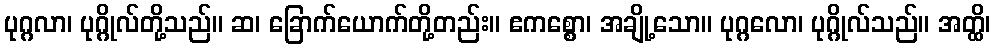
ပုဂ္ဂလာ၊ ပုဂ္ဂိုလ်တို့သည်။ ဆ၊ ခြောက်ယောက်တို့တည်း။ ဧကစ္စော၊ အချို့သော။ ပုဂ္ဂလော၊ ပုဂ္ဂိုလ်သည်။ အတ္ထိ၊